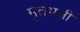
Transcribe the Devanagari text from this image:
मृतभक्षी